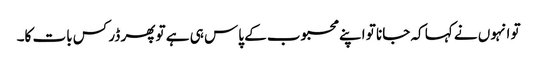
تو انہوں نے کہا کہ جانا تو اپنے محبوب کے پاس ہی ہے تو پھر ڈر کس بات کا۔